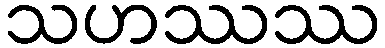
သဟဿဿ